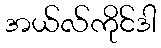
အယ်လ်ကိုင်ဒါ